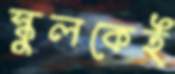
স্কুলকেই